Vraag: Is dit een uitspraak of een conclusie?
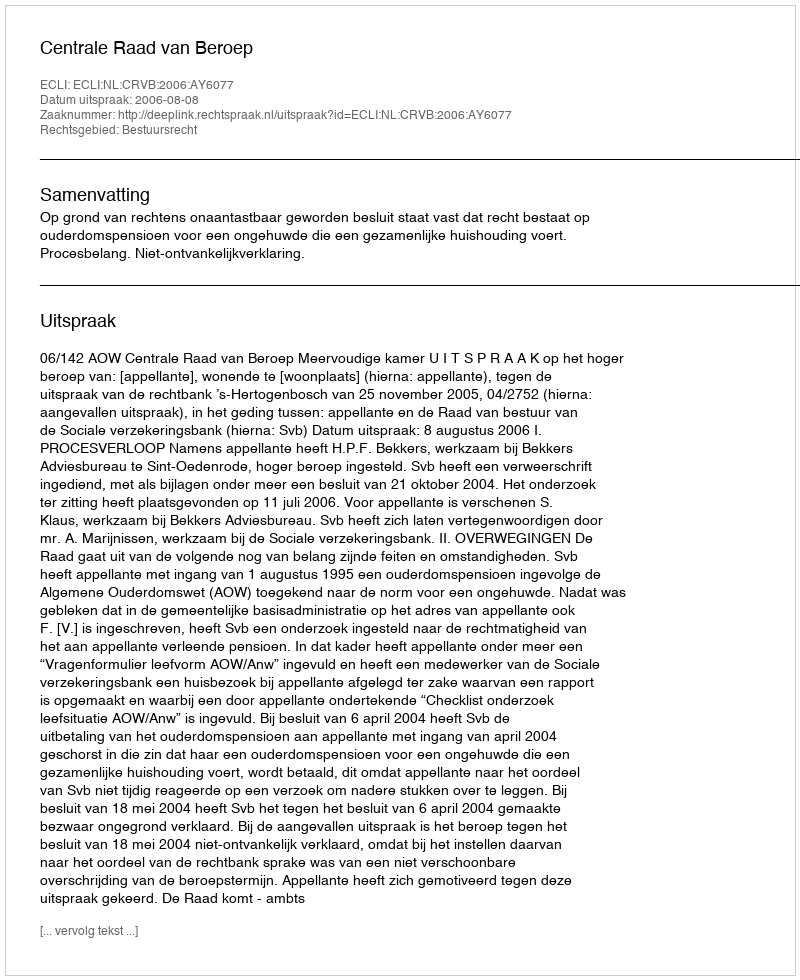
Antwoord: Uitspraak